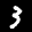
Label: 3